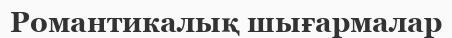
Романтикалық шығармалар